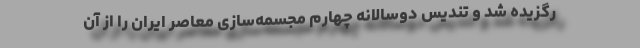
رگزیده شد و تندیس دوسالانهٔ چهارم مجسمه‌سازی معاصر ایران را از آن